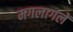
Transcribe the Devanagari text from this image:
मगलागलें